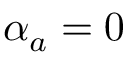
\alpha _ { a } = 0